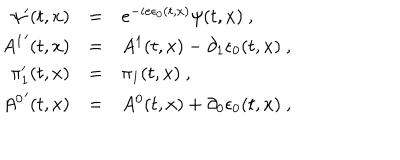
LaTeX: \begin{array} { r c l } { { \psi ^ { \prime } ( t , x ) } } & { { = } } & { { e ^ { - i e \epsilon _ { 0 } ( t , x ) } \psi ( t , x ) \ , } } \\ { { { A ^ { 1 } } ^ { \prime } ( t , x ) } } & { { = } } & { { A ^ { 1 } ( t , x ) - \partial _ { 1 } \epsilon _ { 0 } ( t , x ) \ , } } \\ { { \pi _ { 1 } ^ { \prime } ( t , x ) } } & { { = } } & { { \pi _ { 1 } ( t , x ) \ , \ } } \\ { { { A ^ { 0 } } ^ { \prime } ( t , x ) } } & { { = } } & { { A ^ { 0 } ( t , x ) + \partial _ { 0 } \epsilon _ { 0 } ( t , x ) \ , } } \\ \end{array}